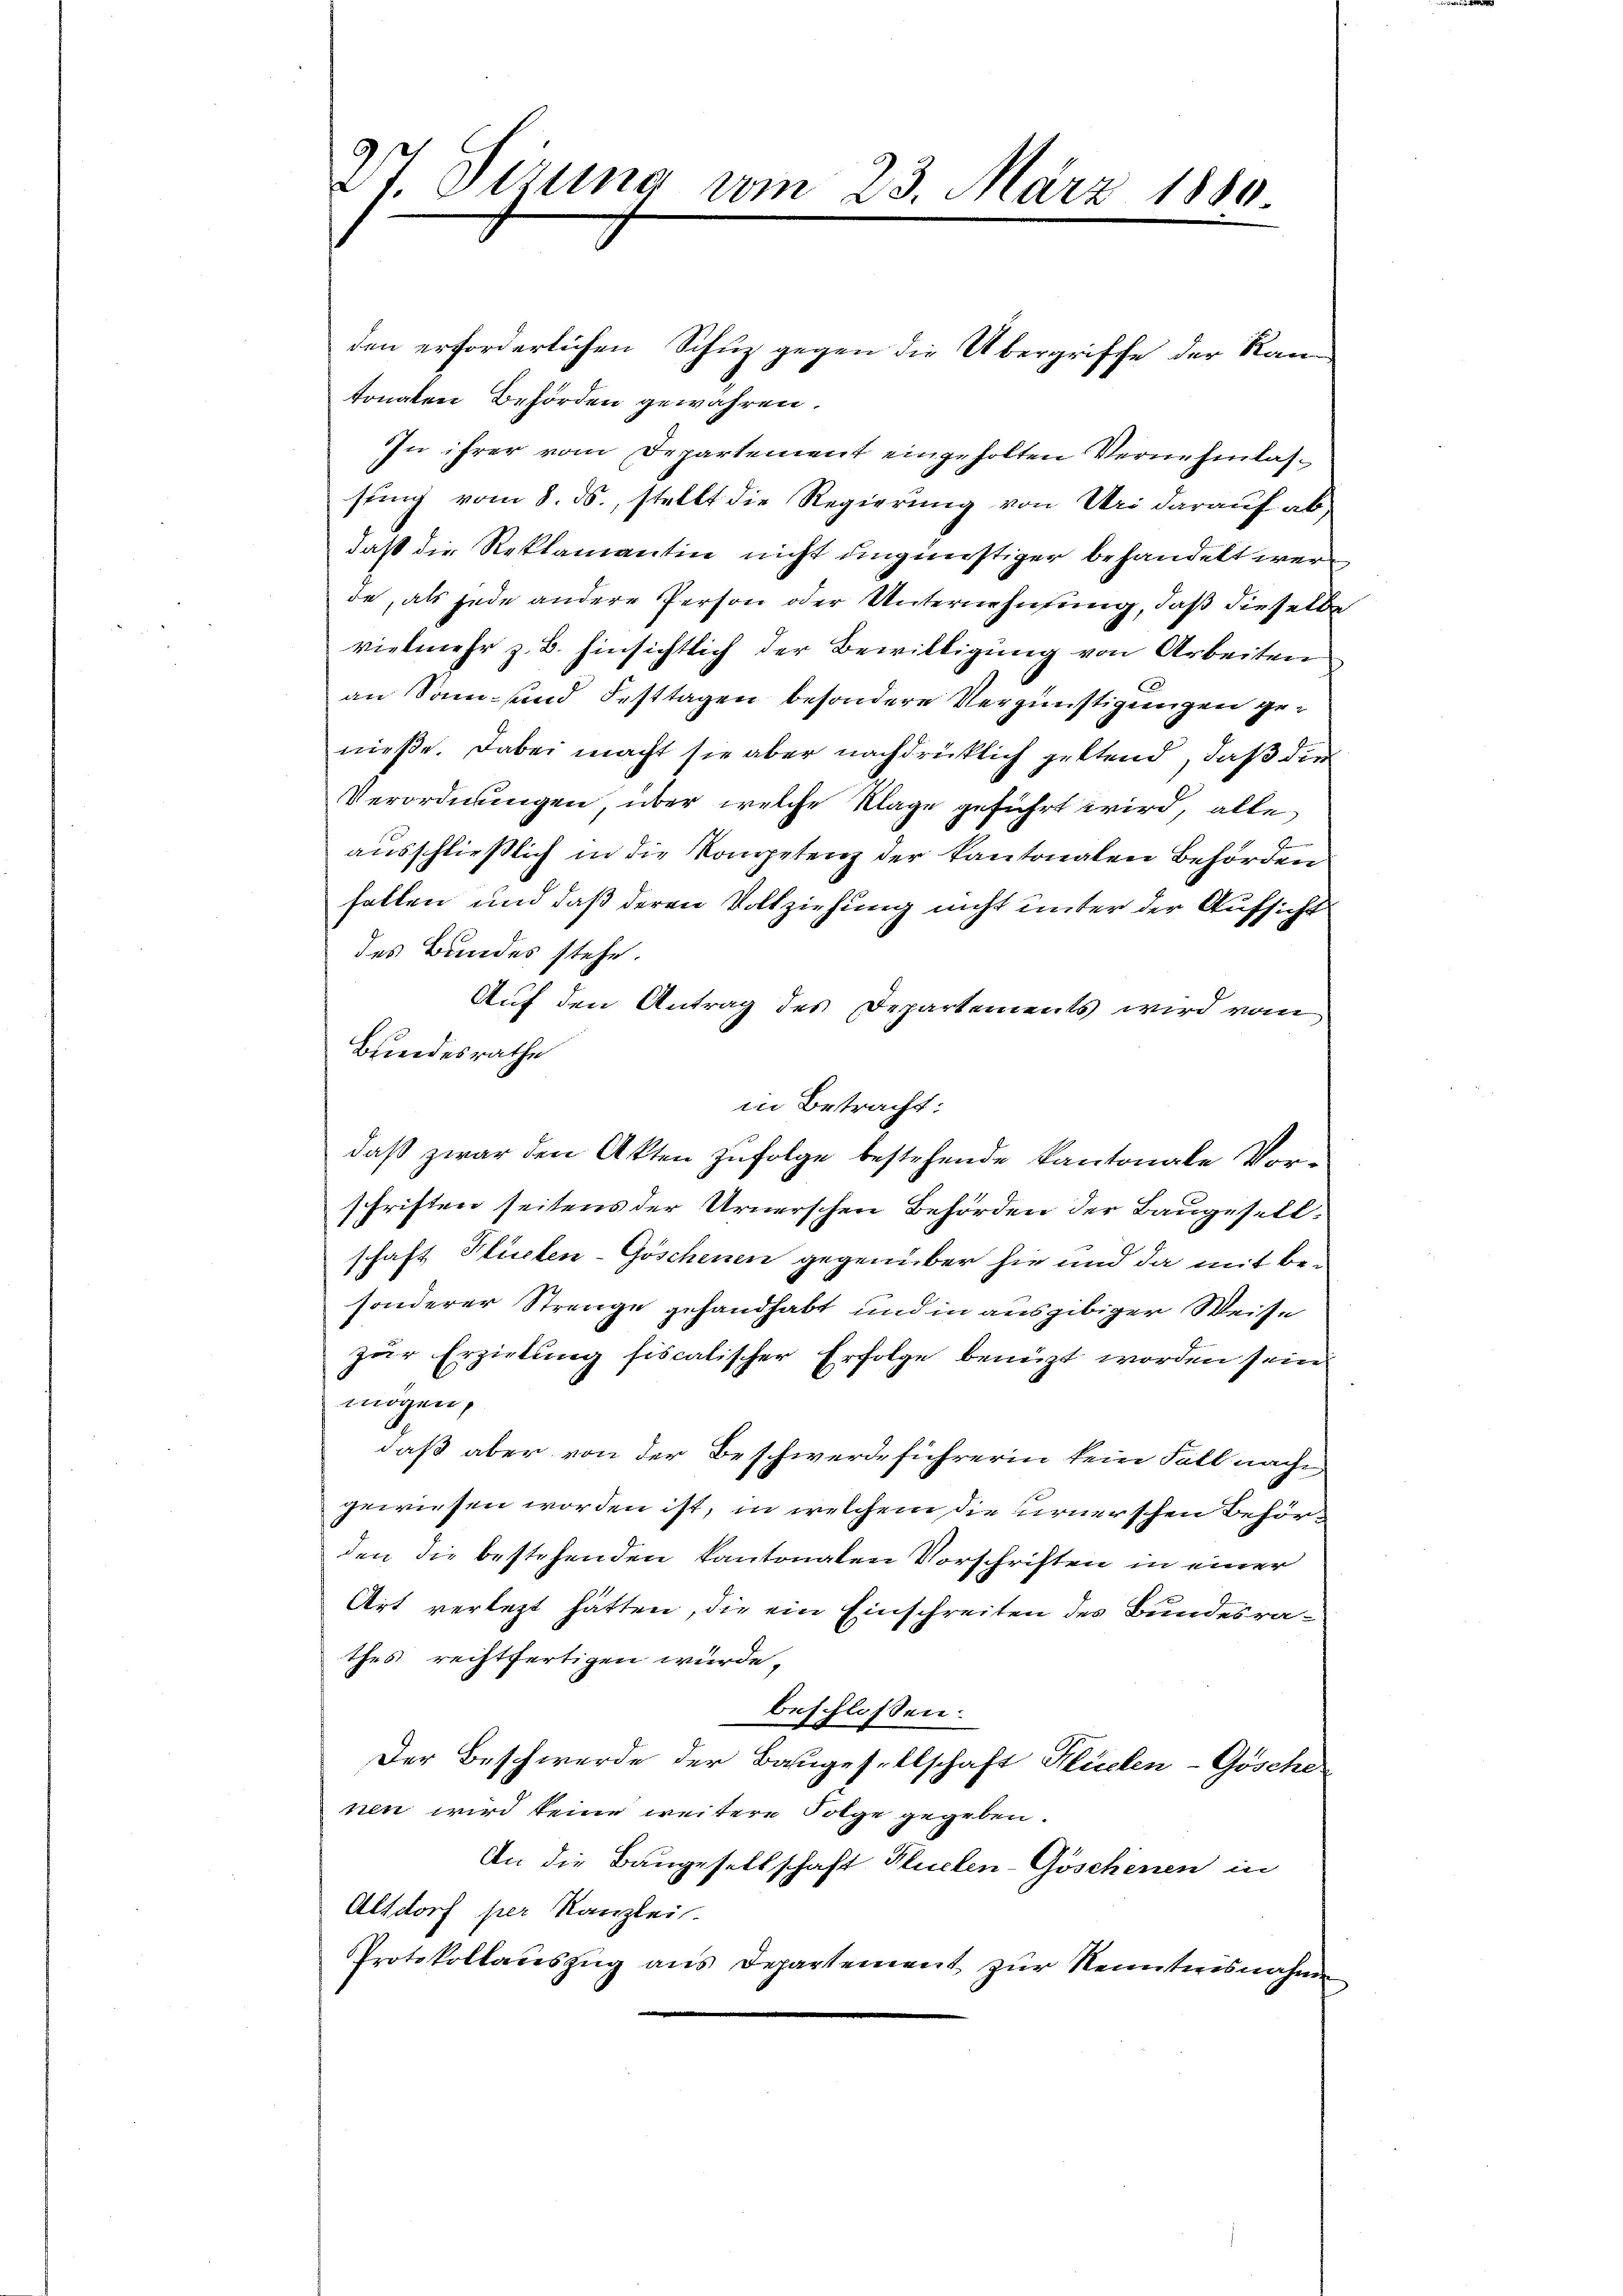
27. Sitzung vom 23. März 1880

den erforderlichen Schuz gegen die Übergriffe der Kan-
tonalen Behörden gewahren.
In ihrer vom Departement eingeholten Vernehmlassung vom 8. ds., stellt die Regierung von Uri darauf abdaß die Reklamantin nicht ungünstiger behandelt werde, als jede andere Person oder Unternehmung, daß dieselbe
vielmehr z. B. hinsichtlich der Bewilligung von Arbeiten
C
an Sonn- und Festtagen besondere Vergünstigungen genieße. Dabei macht sie aber nachdrücklich geltend, daß die
Verordnungen, über welche Klage geführt wird, alle
ausschließlich in die Kompetenz der Kantonalen Behörden
fallen und daß deren Vollziehung nicht unter der Aufsicht
des Bundes stehe.
Auf den Antrag des Departements wird vom
Bundesrathe
in Betracht:
daß zwar den Akten zufolge bestehende kantonale Vorschriften seitens der Urnerschen Behörden der Baugesellschaft Hlucten-Göschenen gegenüber sie und da mit besonderer Strenge gehandhabt und in ausgibiger Weise
zur Erzielung fiscalischer Erfolge benüzt worden sein
mögen,
daß aber von der Beschwerdeführerin kein Fall nach
gewiesen worden ist, in welchem die urnerschen Behörden die bestehenden kantonalen Vorschriften in einer
Art verletzt hätten, die ein Einschreiten des Bundesrathes rechtfertigen würde.
beschlossen:
Der Beschwerde der Baugesellschaft Klüelen-Gösche
nen wird keine weitere Folge gegeben.
An die Baugesellschaft Plucken-Göschenen in
Altdorf per Kanzlei.
Protokollaŭszŭg ans Departement zŭr Nenntnisnahmen